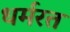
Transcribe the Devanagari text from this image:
धर्मरत